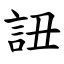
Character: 䚼